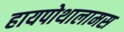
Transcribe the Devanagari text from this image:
हायपोथालामस